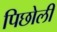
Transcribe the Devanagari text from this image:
पिछोली